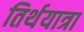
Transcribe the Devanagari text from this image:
तिर्थयात्रा